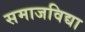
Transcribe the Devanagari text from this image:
समाजविद्या